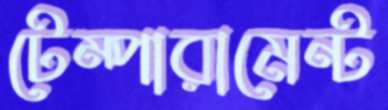
টেম্পারামেন্ট